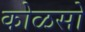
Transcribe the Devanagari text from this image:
कोळसो